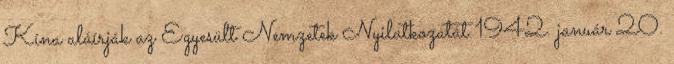
Kína aláírják az Egyesült Nemzetek Nyilatkozatát 1942. január 20.